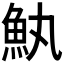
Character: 𮫰